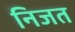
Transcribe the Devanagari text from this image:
निजत